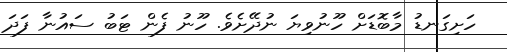
ހަށިގަނޑު މާބޮޑަށް ހޫނުވިޔަ ނުދޭށެވެ. ހޫނު ފެން ޓަބު ސައުނާ ފަދަ